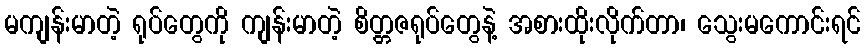
မကျန်းမာတဲ့ ရုပ်တွေကို ကျန်းမာတဲ့ စိတ္တဇရုပ်တွေနဲ့ အစားထိုးလိုက်တာ၊ သွေးမကောင်းရင်